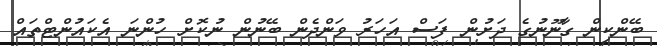
ބޭންކިން ގާނޫނުގެ ދަށުން ފަސް އަހަރު ވަންދެން ބޭނުން ނުކޮށް ހުންނަ އެކައުންޓްތައް